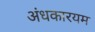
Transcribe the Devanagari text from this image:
अंधकारयम